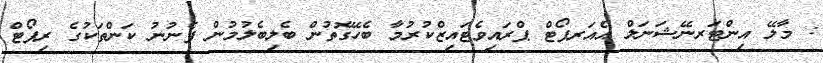
: މާލޭ އިންޓަރނޭޝަނަލް އެއަރޕޯޓް ޕްރައިވެޓައިޒްކުރުމާ ބެހޭގޮތުން ބެލިބެލުމުން ފެނުނު ކަންތަކުގެ ރިޕޯޓް